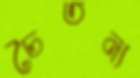
চৈতন্য